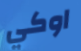
اوكي